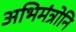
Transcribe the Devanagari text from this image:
अभिमंत्रोनि